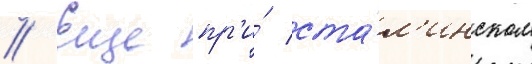
// Еще пр'и́ ста́л'инском